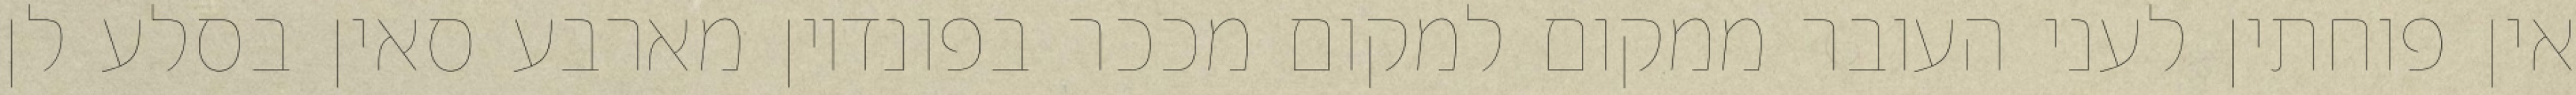
אין פוחתין לעני העובר ממקום למקום מככר בפונדיון מארבע סאין בסלע לן